Dysentery in Hazaribagh Central Jail - Number 52
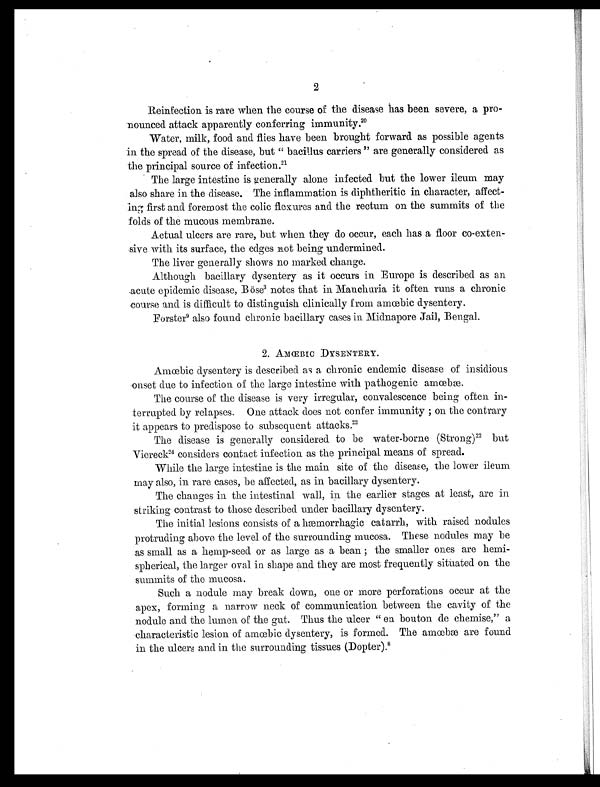
2
Reinfection is rare when the course of the disease has been severe, a pro-
nounced attack apparently conferring immunity. 20
Water, milk, food and flies have been brought forward as possible agents
in the spread of the disease, but " bacillus carriers " are generally considered as
the principal source of infection.2 1
The large intestine is generally alone infected but the lower ileum may
also share in the disease. The inflammation is diphtheritic in character, affect-
ing first and foremost the colic flexures and the rectum on the summits of the
folds of the mucous membrane.
Actual ulcers are rare, but when they do occur, each has a floor co-exten-
sive with its surface, the edges not being undermined.
The liver generally shows no marked change.
Although bacillary dysentery as it occurs in Europe is described as an
acute epidemic disease, Böse 3 notes that in Manchuria it often runs a chronic
course and is difficult to distinguish clinically from amœbic dysentery.
Forster9 a l s o f o u n d c h r o n i c b a c i l l a r y c a s e s i n M i d n a p o r e J a i l , B e n g a l .
2. AMŒBIC DYSENTERY.
Amœbic dysentery is described as a chronic endemic disease of insidious
onset due to infection of the large intestine with pathogenic amœbæ.
The course of the disease is very irregular, convalescence being often in-
terrupted by relapses. One attack does not confer immunity ; on the contrary
it appears to predispose to subsequent attacks. 2 2
The disease is generally considered to be water-borne (Strong) 22 but
Viereck24 considers contact infection as the principal means of spread.
While the large intestine is the main site of the disease, the lower ileum
may also, in rare cases, be affected, as in bacillary dysentery.
The changes in the intestinal wall, in the earlier stages at least, are in
striking contrast to those described under bacillary dysentery.
The initial lesions consists of a hæmorrhagic catarrh, with raised nodules
protruding above the level of the surrounding mucosa. These nodules may be
as small as a hemp-seed or as large as a bean ; the smaller ones are hemi-
spherical, the larger oval in shape and they are most frequently situated on the
summits of the mucosa.
Such a nodule may break down, one or more perforations occur at the
apex, forming a narrow neck of communication between the cavity of the
nodule and the lumen of the gut. Thus the ulcer " en bouton de chemise," a
characteristic lesion of amœbic dysentery, is formed. The amœbæ are found
in the ulcers and in the surrounding tissues (Dopter). 8